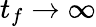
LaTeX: t_{f}\rightarrow\infty